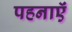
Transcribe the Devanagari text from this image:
पहनाऍं